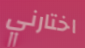
اختارني